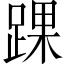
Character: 踝